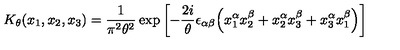
K _ { \theta } ( x _ { 1 } , x _ { 2 } , x _ { 3 } ) = \frac { 1 } { \pi ^ { 2 } \theta ^ { 2 } } \exp \left[ - \frac { 2 i } { \theta } \epsilon _ { \alpha \beta } \Bigl ( x _ { 1 } ^ { \alpha } x _ { 2 } ^ { \beta } + x _ { 2 } ^ { \alpha } x _ { 3 } ^ { \beta } + x _ { 3 } ^ { \alpha } x _ { 1 } ^ { \beta } \Bigr ) \right]